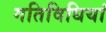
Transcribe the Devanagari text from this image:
गतिविधियां